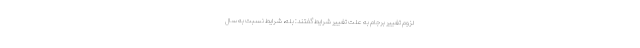
لزوم تغییر برجام به علت تغییر شرایط گفتند: بله، شرایط نسبت به سال